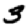
Digit: 3